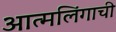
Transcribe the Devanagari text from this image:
आत्मलिंगाची